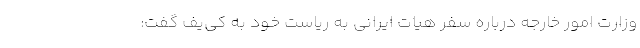
وزارت امور خارجه درباره سفر هیات ایرانی به ریاست خود به کی‌یف گفت: